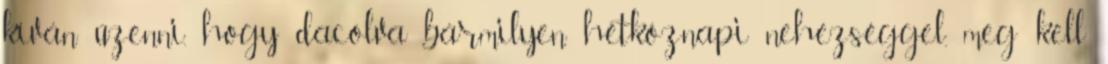
kíván üzenni, hogy dacolva bármilyen hétköznapi nehézséggel, meg kell